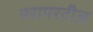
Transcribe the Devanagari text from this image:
परापरटीज़